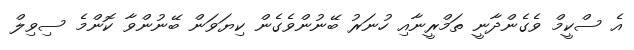
އެ ސްކީމް ވެގެންދާނީ ތަމްރީނާއި ހުނަރު ބޭނުންވެގެން ކިޔަވަން ބޭނުންވާ ކޮންމެ ސިވިލް